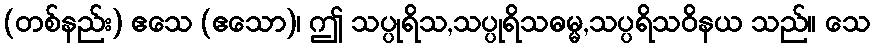
(တစ်နည်း) ဧသေ (ဧသော)၊ ဤ သပ္ပုရိသ,သပ္ပုရိသဓမ္မ,သပ္ပရိသဝိနယ သည်။ သေ